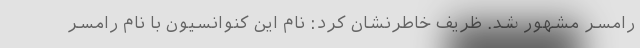
رامسر مشهور شد. ظریف خاطرنشان کرد: نام این کنوانسیون با نام رامسر